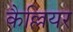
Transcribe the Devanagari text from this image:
कैल्लियर